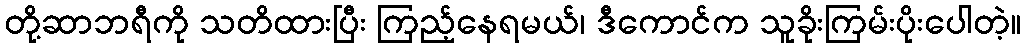
တို့ဆာဘရီကို သတိထားပြီး ကြည့်နေရမယ်၊ ဒီကောင်က သူခိုးကြမ်းပိုးပေါတဲ့။